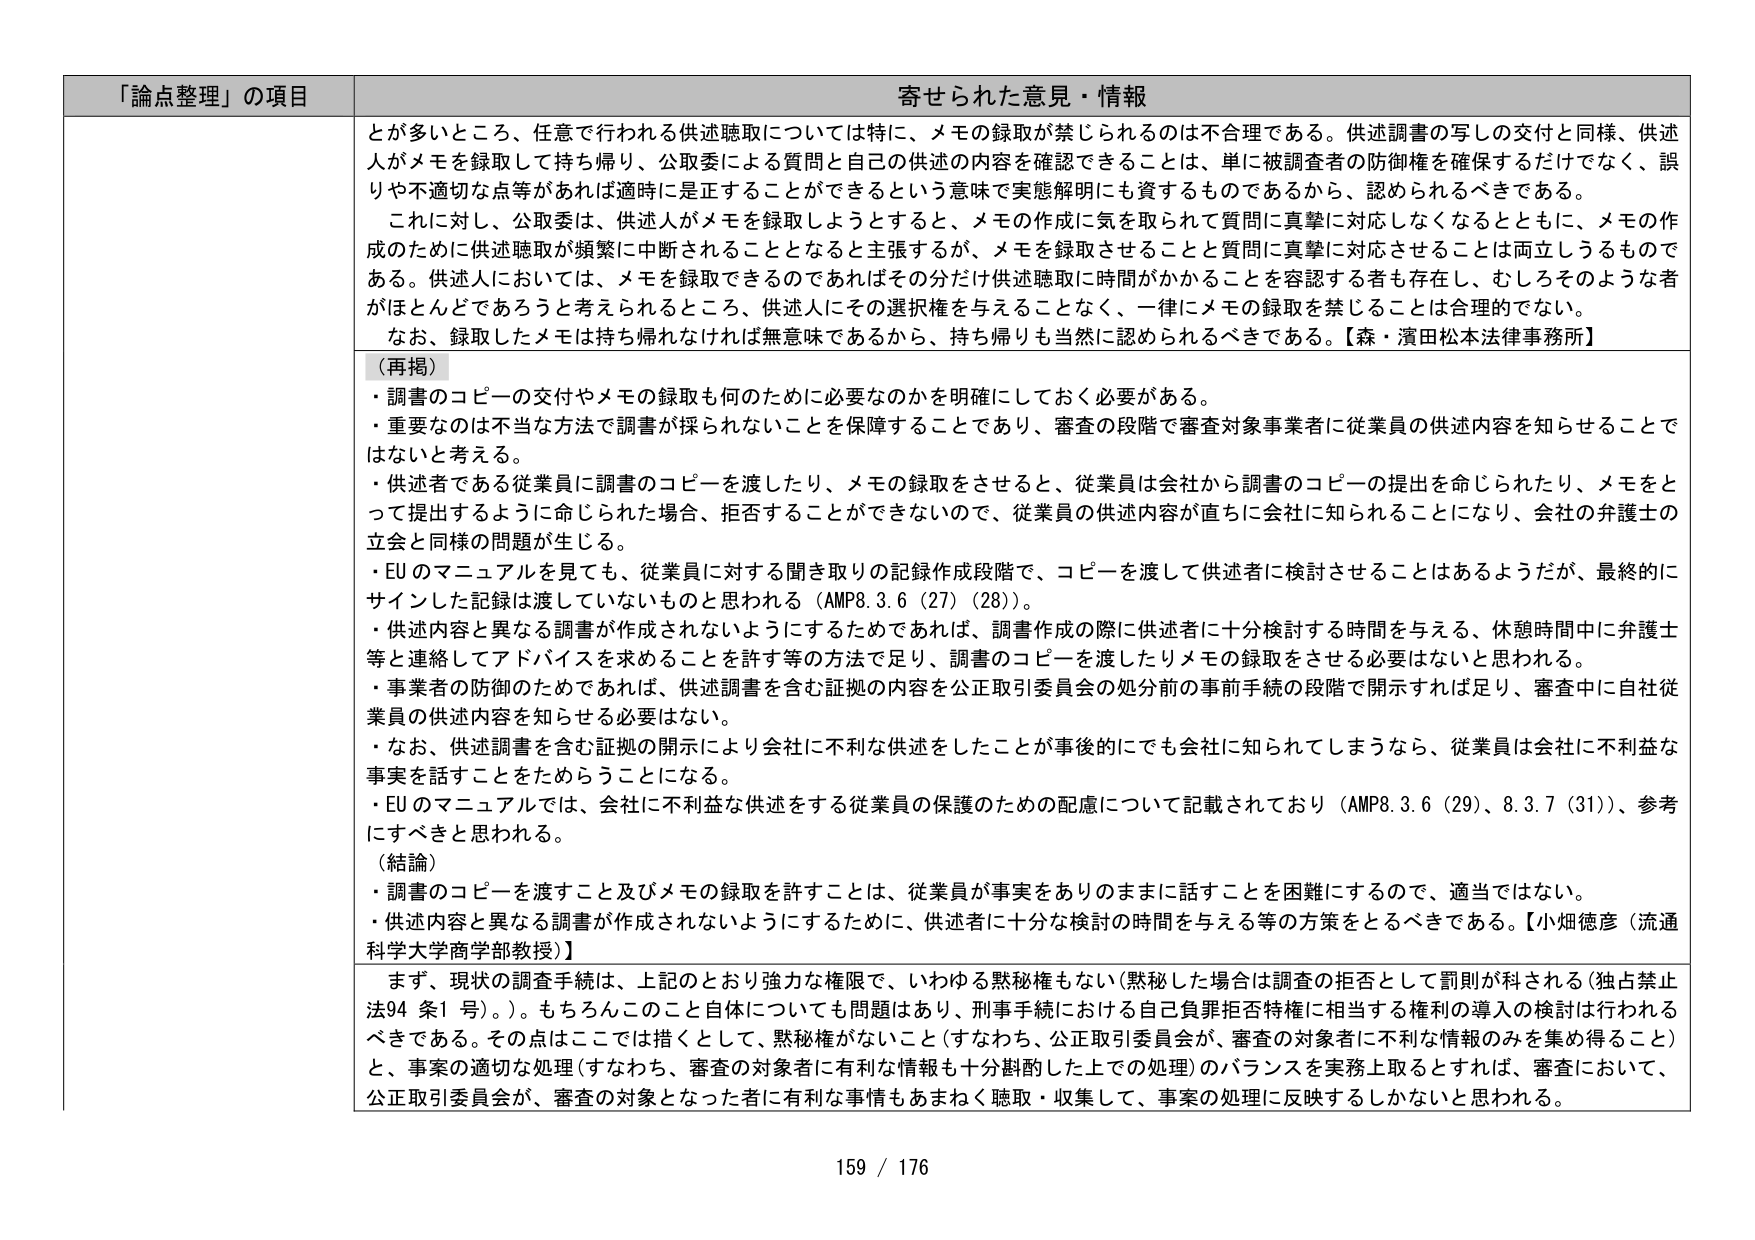
「論点整理」の項目 寄せられた意見・情報

とが多いところ、任意で行われる供述聴取については特に、メモの録取が禁じられるのは不合理である。供述調書の写しの交付と同様、供述人がメモを録取して持ち帰り、公取委による質問と自己の供述の内容を確認できることは、単に被調査者の防御権を確保するだけでなく、誤りや不適切な点等があれば適時に是正することができるとする意味で実態解明にも資するものであるから、認められるべきである。

これに対し、公取委は、供述人がメモを録取しようとするとき、メモの作成に気を取られて質問に真摯に対応しなくなるとともに、メモの作成のために供述聴取が頻繁に中断されることとなると主張するが、メモを録取させることと質問に真摯に対応させることは両立しうるものである。供述人においては、メモを録取できるのであればその分だけ供述聴取に時間がかかることを容認する者も存在し、むしろそのような者がほとんどであろうと考えられるところ、供述人にその選択権を与えることなく、一律にメモの録取を禁じることは合理的でない。

なお、録取したメモは持ち帰らなければ無意味であるから、持ち帰りも当然に認められるべきである。【森・濱田松本法律事務所】

（再掲）
・調書のコピーの交付やメモの録取も何のために必要なのかを明確にしておく必要がある。
・重要なのは不当な方法で調書が採られないことを保障することであり、審査の段階で審査対象事業者に従業員の供述内容を知らせることではないと考える。
・供述者である従業員に調書のコピーを渡したり、メモの録取をさせると、従業員は会社から調書のコピーの提出を命じられたり、メモをとって提出するように命じられた場合、拒否することができないので、従業員の供述内容が直ちに会社に知られることになり、会社の弁護士の立会と同様の問題が生じる。
・EUのマニュアルを見ても、従業員に対する聞き取りの記録作成段階で、コピーを渡して供述者に検討させることはあるようだが、最終的にサイシした記録は渡していないものと思われる（AMP8.3.6（27）（28））。
・供述内容と異なる調書が作成されないようにするためであれば、調書作成の際に供述者に十分検討する時間を与える、休憩時間中に弁護士等と連絡してアドバイスを求めることを許す等の方法で足り、調書のコピーを渡したりメモの録取をさせる必要はないと思われる。
・事業者の防御のためであれば、供述調書を含む証拠の内容を公正取引委員会の処分前の事前手続の段階で開示すれば足り、審査中に自社従業員の供述内容を知らせる必要はない。
・なお、供述調書を含む証拠の開示により会社に不利な供述をしたことが事後的にでも会社に知られてしまうなら、従業員は会社に不利益な事実を話すことをためらうことになる。
・EUのマニュアルでは、会社に不利益な供述をする従業員の保護のための配慮について記載されており（AMP8.3.6（29）、8.3.7（31））、参考にすべきと思われる。

（結論）
・調書のコピーを渡すこと及びメモの録取を許すことは、従業員が事実をありのままに話すことを困難にするので、適当ではない。
・供述内容と異なる調書が作成されないようにするために、供述者に十分な検討の時間を与える等の方策をとるべきである。【小畑徳彦（流通科学大学商学部教授）】

まず、現状の調査手続は、上記のとおり強力な権限で、いわゆる黙秘権もない（黙秘した場合は調査の拒否として罰則が科される（独占禁止法94条1号）。）。もちろんこのこと自体についても問題はあり、刑事手続における自己負罪拒否特権に相当する権利の導入の検討は行われるべきである。その点はここでは措くとして、黙秘権がないこと（すなわち、公正取引委員会が、審査の対象者に不利な情報のみを集め得ること）と、事案の適切な処理（すなわち、審査の対象者に有利な情報も十分斟酌した上での処理）のバランスを実務上取るとすれば、審査において、公正取引委員会が、審査の対象となった者に有利な事情もあまねく聴取・収集して、事案の処理に反映するしかないと思われる。

159 / 176